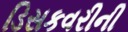
ડિસકવરીની